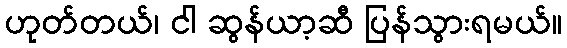
ဟုတ်တယ်၊ ငါ ဆွန်ယာ့ဆီ ပြန်သွားရမယ်။